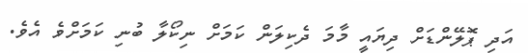
އަދި ޕޮލޭންޑަށް ދިޔައީ މާމަ ދެކިލަން ކަމަށް ނިކޯލާ ބުނި ކަމަށްވެ އެވެ.